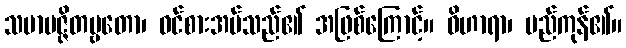
သမာပဇ္ဇိတဗ္ဗတော၊ ဝင်စားအပ်သည်၏ အဖြစ်ကြောင့်။ ဝိဟာရာ၊ မည်ကုန်၏။